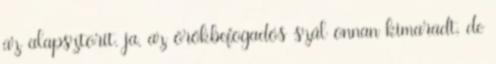
az alapsztorit. ja, az örökbefogadós szál onnan kimaradt, de